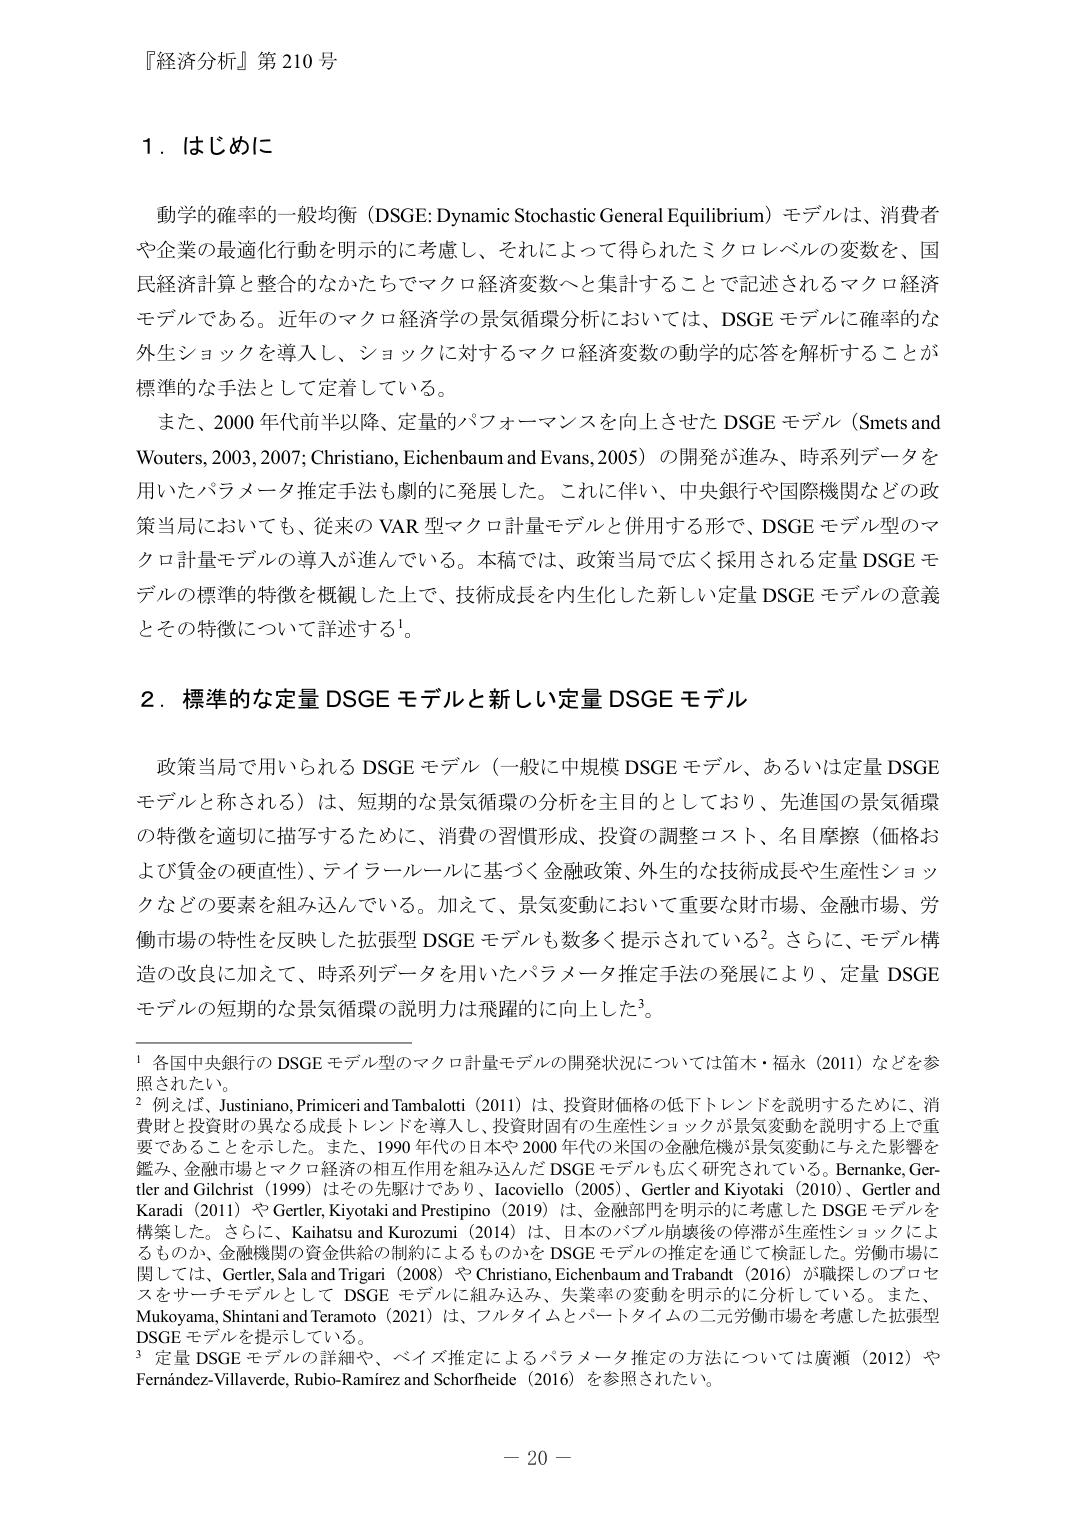
『経済分析』第210号

1．はじめに

動学的確率的一般均衡（DSGE: Dynamic Stochastic General Equilibrium）モデルは、消費者や企業の最適化行動を明示的に考慮し、それによって得られたミクロレベルの変数を、国民経済計算と整合のなかたちでマクロ経済変数へと集計することで記述されるマクロ経済モデルである。近年のマクロ経済学の景気循環分析においては、DSGEモデルに確率的な外生ショックを導入し、ショックに対するマクロ経済変数の動学的応答を解析することが標準的な手法として定着している。

また、2000年代前半以降、定量的パフォーマンスを向上させたDSGEモデル（Smets and Wouters, 2003, 2007; Christiano, Eichenbaum and Evans, 2005）の開発が進み、時系列データを用いたパラメータ推定手法も劇的に発展した。これに伴い、中央銀行や国際機関などの政策当局においても、従来のVAR型マクロ計量モデルと併用する形で、DSGEモデル型のマクロ計量モデルの導入が進んでいる。本稿では、政策当局で広く採用される定量DSGEモデルの標準的特徴を概観した上で、技術成長を内生化した新しい定量DSGEモデルの意義とその特徴について詳述する¹。

2．標準的な定量DSGEモデルと新しい定量DSGEモデル

政策当局で用いられるDSGEモデル（一般に中規模DSGEモデル、あるいは定量DSGEモデルと称される）は、短期的な景気循環の分析を主目的としており、先進国の景気循環の特徴を適切に描写するために、消費の習慣形成、投資の調整コスト、名目摩擦（価格および賃金の硬直性）、ティラールールに基づく金融政策、外生的な技術成長や生産性ショックなどの要素を組み込んでいる。加えて、景気変動において重要な財市場、金融市場、労働市場の特性を反映した拡張型DSGEモデルも数多く提示されている²。さらに、モデル構造の改良に加えて、時系列データを用いたパラメータ推定手法の発展により、定量DSGEモデルの短期的な景気循環の説明力は飛躍的に向上した³。

¹ 各国中央銀行のDSGEモデルのマクロ計量モデルの開発状況については笛木・福永（2011）などを参照されたい。

² 例えば、Justiniano, Primiceri and Tambalotti（2011）は、投資財価格の低下トレンドを説明するために、消費財と投資財の異なる成長トレンドを導入し、投資財固有の生産性ショックが景気変動を説明する上で重要であることを示した。また、1990年代の日本や2000年代の米国の金融危機が景気変動に与えた影響を鑑み、金融市場とマクロ経済の相互作用を組み込んだDSGEモデルも広く研究されている。Bernanke, Gertler and Gilchrist（1999）はその先駆けであり、Iacoviello（2005）、Gertler and Kiyotaki（2010）、Gertler and Karadi（2011）やGertler, Kiyotaki and Prestipino（2019）は、金融部門を明示的に考慮したDSGEモデルを構築した。さらに、Kaihatsu and Kurozumi（2014）は、日本のバブル崩壊後の停滞が生産性ショックによるものか、金融機関の資金供給の制約によるものかをDSGEモデルの推定を通じて検証した。労働市場に関しては、Gertler, Sala and Trigari（2008）やChristiano, Eichenbaum and Trabandt（2016）が職探しのプロセスをサーチモデルとしてDSGEモデルに組み込み、失業率の変動を明示的に分析している。また、Mukoyama, Shintani and Teramoto（2021）は、フルタイムとパートタイムの二元労働市場を考慮した拡張型DSGEモデルを提示している。

³ 定量DSGEモデルの詳細や、ベイズ推定によるパラメータ推定の方法については廣瀬（2012）やFernández-Villaverde, Rubio-Ramírez and Schorfheide（2016）を参照されたい。

－ 20 －